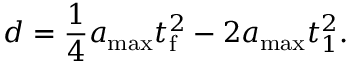
d = \frac { 1 } { 4 } a _ { \mathrm { m a x } } t _ { \mathrm { f } } ^ { 2 } - 2 a _ { \mathrm { m a x } } t _ { 1 } ^ { 2 } .